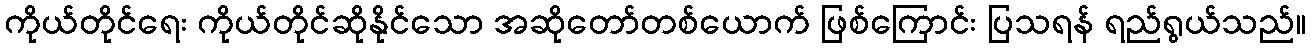
ကိုယ်တိုင်ရေး ကိုယ်တိုင်ဆိုနိုင်သော အဆိုတော်တစ်ယောက် ဖြစ်ကြောင်း ပြသရန် ရည်ရွယ်သည်။